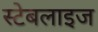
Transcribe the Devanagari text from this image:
स्टेबलाइज